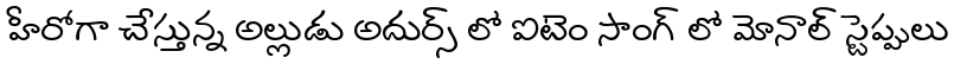
హీరోగా చేస్తున్న అల్లుడు అదుర్స్ లో ఐటెం సాంగ్ లో మోనాల్ స్టెప్పులు